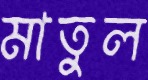
মাতুল